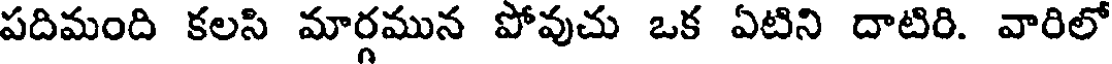
పదిమంది కలసి మార్గమున పోవుచు ఒక ఏటిని దాటిరి. వారిలో